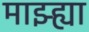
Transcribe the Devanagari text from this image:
माझ्ह्या